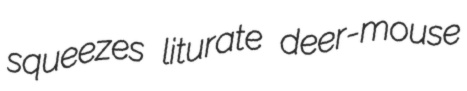
squeezes liturate deer-mouse